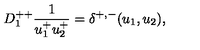
D _ { 1 } ^ { + + } { \frac { 1 } { u _ { 1 } ^ { + } u _ { 2 } ^ { + } } } = \delta ^ { + , - } ( u _ { 1 } , u _ { 2 } ) ,